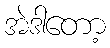
အဲဒါတော့